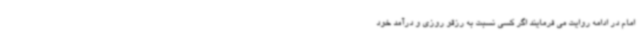
امام در ادامه روایت می فرمایند اگر کسی نسبت به رزقو روزی و درآمد خود